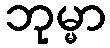
ဘုမ္မာ